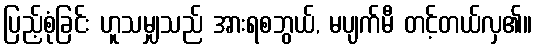
ပြည့်စုံခြင်း ဟူသမျှသည် အားရစဘွယ်, မပျက်မီ တင့်တယ်လှ၏။